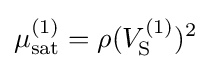
\mu _{\mathrm {sat} }^{(1)}=\rho (V_{\mathrm {S} }^{(1)})^{2}